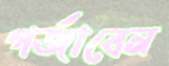
গর্জাবেন